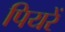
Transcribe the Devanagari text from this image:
पियरें